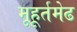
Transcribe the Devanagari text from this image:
मूहूर्तमेढ